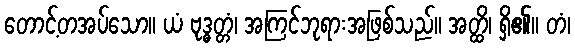
တောင့်တအပ်သော။ ယံ ဗုဒ္ဓတ္တံ၊ အကြင်ဘုရားအဖြစ်သည်။ အတ္ထိ၊ ရှိ၏။ တံ၊